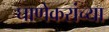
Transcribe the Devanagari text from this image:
घाणेकरांच्या